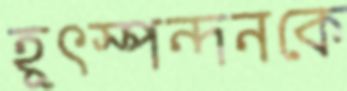
হূৎস্পন্দনকে